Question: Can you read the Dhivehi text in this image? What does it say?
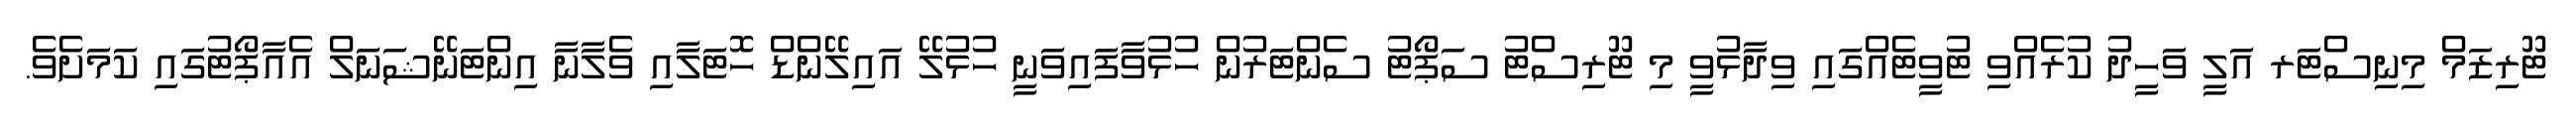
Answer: ޓޫރިޒަމް މިނިސްޓަރ އަލީ ވަހީދު ކުރެއްވި ޓުވީޓެއްގައި ވިދާޅުވީ މި ޓޫރިސްޓު ސަޕޯޓު ސެންޓަރުން ހުޅުވާފައިވަނީ ހުޅުލޭ އައިލޭންޑް ހޮޓަލާއި ވެލާނާ އިންޓަނޭޝަނަލް އެއާޕޯޓުގައި ކަމަށެވެ.